Account of plague administration in the Bombay Presidency from September 1896 till May 1897
Year: 1896
Disease focus: Plague
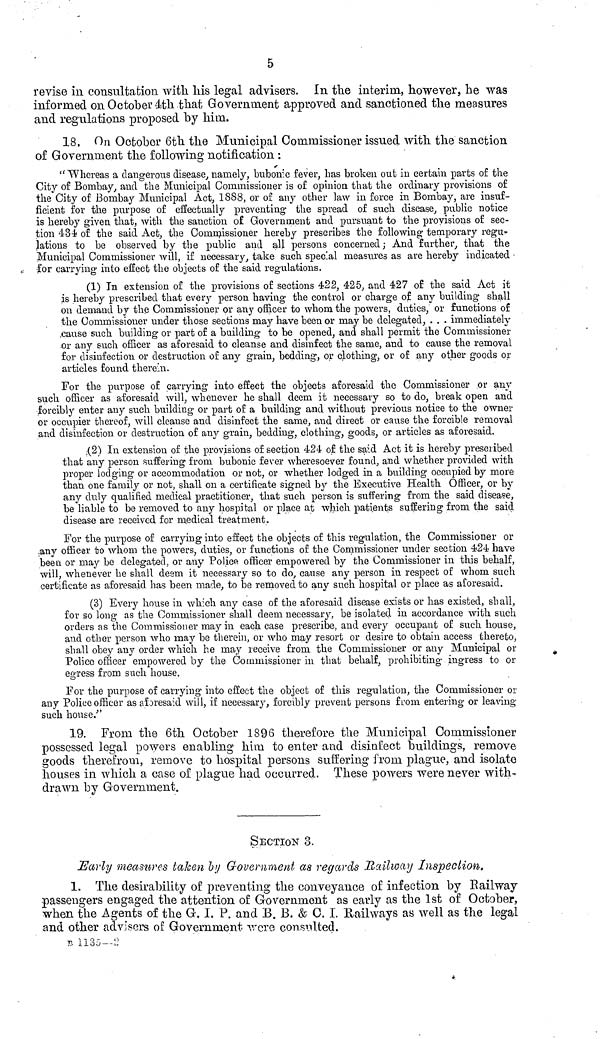
5
revise in consultation with. Ms legal advisers. In the interim, however, he was
informed on October 4th that Government approved and sanctioned the measures
and regulations proposed by him.
18. On October 6th the Municipal Commissioner issued with the sanction
of Government the following notification :
" Whereas a dangerous disease, namely, bubonic fever, has broken out in certain parts of the
City of Bombay, and the Municipal Commissioner is of opinion that the ordinary provisions of
the City of Bombay Municipal Act, 1888, or of any other law in force in Bombay, are insuf-
ficient for the purpose of effectually preventing the spread of such disease, public notice
is hereby given that, with the sanction of Government and pursuant to the provisions of sec-
tion 434 of the said Act, the Commissioner hereby prescribes the following temporary regu-
lations to be observed by the public and all persons concerned; And further, that the
Municipal Commissioner will, if necessary, take such special measures as are hereby indicated •
-for carrying into effect the objects of the said regulations.
(1) In extension of the provisions of sections 422, 425, and 427 of the said Act it
is hereby prescribed that every person having the control or charge of any building shall
on demand by the Commissioner or any officer to whom the powers, duties, or functions o£
the Commissioner under those sections may have been or may be delegated, . . . immediately
cause such building or part of a building to be opened, and shall permit the Commissioner
or any such officer as aforesaid to cleanse and disinfect the same, and to cause the removal
for disinfection or destruction of any grain, bedding, or clothing, or of any other goods or
articles found therein.
For the purpose of carrying into effect the objects aforesaid the Commissioner or any
such officer as aforesaid will, whenever he shall deem it necessary so to do, break open and
forcibly enter any such building or part of a building and without previous notice to the owner
or occupier thereof, will cleanse and disinfect the same, and direct or cause the forcible removal
and disinfection or destruction of any grain, bedding, clothing, goods, or articles as aforesaid.
(2) In extension of the provisions of section 424 of the said Act it is hereby prescribed
that any person suffering from bubonic fever wheresoever found, and whether provided with
proper lodging or accommodation or not, or whether lodged in a building occupied by more
than one family or not, shall on a certificate signed by the Executive Health Officer, or by
any duly qualified medical practitioner, that such person is suffering from the said disease,
be liable to be removed to any hospital or place at which patients suffering from the said
disease are received for medical treatment.
For the purpose of carrying into effect the objects of this regulation, the Commissioner or
any officer to whom the powers, duties, or functions of the Commissioner under section 424 have
been or may be delegated, or any Police officer empowered by the Commissioner in this behalf,
will, whenever he shall deem it necessary so to do, cause any person in respect of whom such
certificate as aforesaid has been made, to be removed to any such hospital or place as aforesaid.
(3) Every house in which any case of the aforesaid disease exists or has existed, shall,
for so long as the Commissioner shall deem necessary, be isolated in accordance with such
orders as the Commissioner may in each case prescribe, and every occupant of such house,
and other person who may be therein, or who may resort or desire to obtain access thereto,
shall obey any order which he may receive from the Commissioner or any Municipal or
Police officer empowered by the Commissioner in that behalf, prohibiting ingress to or
egress from such house.
For the purpose of carrying into effect the object of this regulation, the Commissioner or
any Police officer as aforesaid will, if necessary, forcibly prevent persons from entering or leaving
such house."
19. From the 6th October 1896 therefore the Municipal Commissioner
possessed legal powers enabling him to enter and disinfect buildings, remove
goods therefrom, remove to hospital persons suffering from plague, and isolate
houses in which a case of plague had occurred. These powers were never with-
drawn by Government.
SECTION 3.
Early measures taken by Government as regards Railway Inspection.
1. The desirability of preventing the conveyance of infection by Eailway
passengers engaged the attention of Government as early as the 1st of October,
when the Agents of the G. I. P. and B. B. & C. I. Railways as well as the legal
and other advisers of Government were consulted.
B
1135
-2